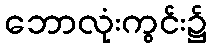
ဘောလုံးကွင်း၌